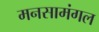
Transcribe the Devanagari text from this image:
मनसामंगल